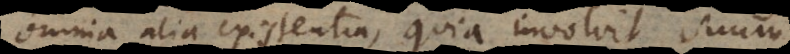
omnia alia existentia, quia involvit suum